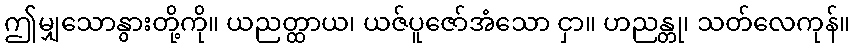
ဤမျှသောနွားတို့ကို။ ယညတ္ထာယ၊ ယဇ်ပူဇော်အံသော ငှာ။ ဟညန္တု၊ သတ်လေကုန်။